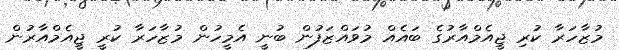
މުޒާހަރާ ކުރި ޖީއެމްއާރުގެ ބައެއް މުވައްޒަފުން ބުނީ އެމީހުން މުޒާހަރާ ކުރީ ޖީއެމްއާރުން